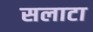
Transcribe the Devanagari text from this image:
सलाटा